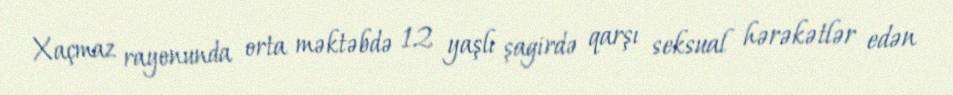
Xaçmaz rayonunda orta məktəbdə 12 yaşlı şagirdə qarşı seksual hərəkətlər edən